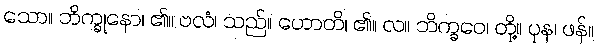
သော။ ဘိက္ခုနော၊ ၏။ ဗလံ၊ သည်။ ဟောတိ၊ ၏။ လ။ ဘိက္ခဝေ၊ တို့။ ပုန၊ ဖန်။